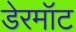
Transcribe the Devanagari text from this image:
डेरमॉट